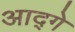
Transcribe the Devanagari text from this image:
आद्गे